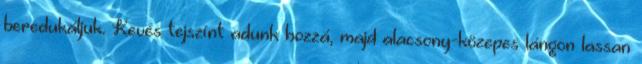
beredukáljuk. Kevés tejszínt adunk hozzá, majd alacsony-közepes lángon lassan